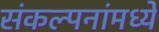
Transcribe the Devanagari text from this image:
संकल्पनांमध्ये